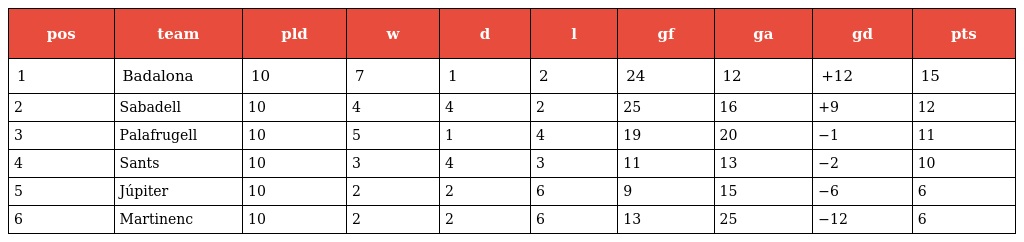
| pos | team | pld | w | d | l | gf | ga | gd | pts |
 | --- | --- | --- | --- | --- | --- | --- | --- | --- | --- |
 | 1 | Badalona | 10 | 7 | 1 | 2 | 24 | 12 | +12 | 15 |
 | 2 | Sabadell | 10 | 4 | 4 | 2 | 25 | 16 | +9 | 12 |
 | 3 | Palafrugell | 10 | 5 | 1 | 4 | 19 | 20 | −1 | 11 |
 | 4 | Sants | 10 | 3 | 4 | 3 | 11 | 13 | −2 | 10 |
 | 5 | Júpiter | 10 | 2 | 2 | 6 | 9 | 15 | −6 | 6 |
 | 6 | Martinenc | 10 | 2 | 2 | 6 | 13 | 25 | −12 | 6 |